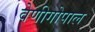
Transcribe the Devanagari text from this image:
वेणीगोपाल